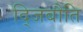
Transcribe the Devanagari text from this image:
द्जिबौति